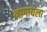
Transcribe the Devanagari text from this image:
लागायला